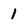
Character: 1